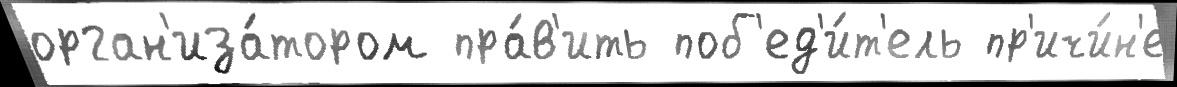
орган'иза́тором пра́в'ить поб'ед'и́т'ель пр'ичи́н'е